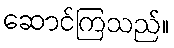
ဆောင်ကြသည်။